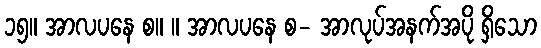
၁၅။ အာလပနေ စ။ ။ အာလပနေ စ- အာလုပ်အနက်အပို ရှိသော